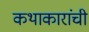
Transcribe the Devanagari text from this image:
कथाकारांची